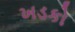
ખડકો